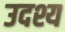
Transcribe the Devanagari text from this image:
उदश्य